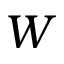
W